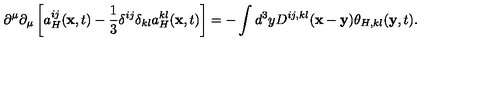
\partial ^ { \mu } \partial _ { \mu } \left[ a _ { H } ^ { i j } ( { \bf x } , t ) - \frac { 1 } { 3 } \delta ^ { i j } \delta _ { k l } a _ { H } ^ { k l } ( { \bf x } , t ) \right] = - \int d ^ { 3 } y D ^ { i j , k l } ( { \bf x } - { \bf y } ) \theta _ { H , k l } ( { \bf y } , t ) .